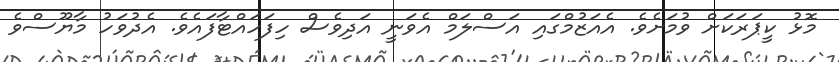
މޮޅު ކީޕަރަކަށް ވުމަށެވެ. އެއަޒުމްގައި އަސްލަމް އެވަނީ އަދިވެސް ހިފަހައްޓާފައެވެ. އެދުވަހު މާޔޫސްވެ